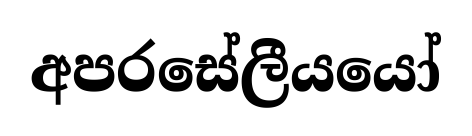
අපරසේලීයයෝ